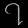
Digit: ၇